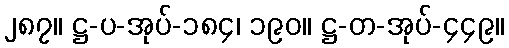
၂၈၇။ ဋ္ဌ-ပ-အုပ်-၁၈၄၊ ၁၉၀။ ဋ္ဌ-တ-အုပ်-၄၄၉။